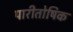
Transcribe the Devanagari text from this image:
पारीतोषिक